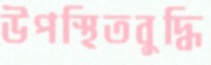
উপস্থিতবুদ্ধি